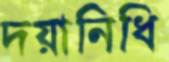
দয়ানিধি